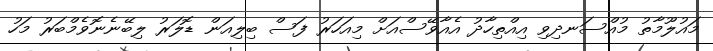
މައުލޫމާތު މުއްސަނދިވި އިއްތިހާދު އެއާވޭސްއަށް މިއަހަރު ފަސް ބިލިއަން ޑޮލަރު ލިބޭނެނޮވެމްބަރު މަހު